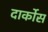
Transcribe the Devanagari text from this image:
दार्कोस